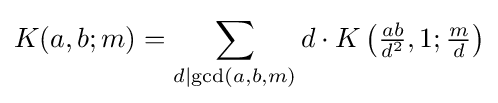
K(a,b;m)=\sum _{d\mid \gcd(a,b,m)}d\cdot K\left({\tfrac {ab}{d^{2}}},1;{\tfrac {m}{d}}\right)